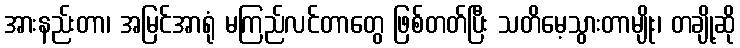
အားနည်းတာ၊ အမြင်အာရုံ မကြည်လင်တာတွေ ဖြစ်တတ်ပြီး သတိမေ့သွားတာမျိုး၊ တချို့ဆို